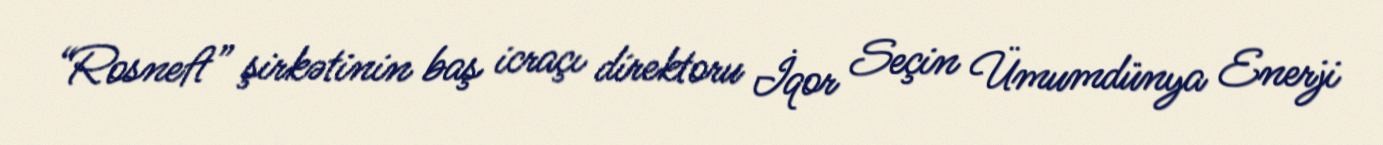
“Rosneft” şirkətinin baş icraçı direktoru İqor Seçin Ümumdünya Enerji